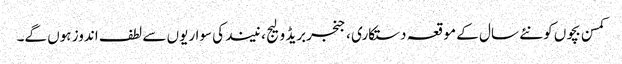
کمسن بچوں کو نئے سال کے موقعہ دستکاری ، جنجربریڈ ولیج ، نیند کی سواریوں سے لطف اندوز ہوں گے۔